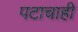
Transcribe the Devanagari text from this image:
पटाचाही